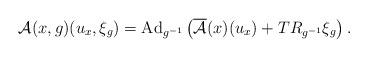
LaTeX: \begin{align*}\mathcal{A}(x,g)(u_x,\xi_g)=\operatorname{Ad}_{g^{-1}}\left(\overline{\mathcal{A}}(x)(u_x)+TR_{g^{-1}}\xi_g\right).\end{align*}